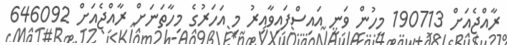
ރާއްޖެއަށް 190713 މީހުން ވަނީ އައިސްފައިވާއިރު މި އަހަރުގެ މިހާތަނަށް ރާއްޖެއަށް 646092